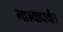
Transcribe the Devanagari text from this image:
गाभ्यापर्यंत